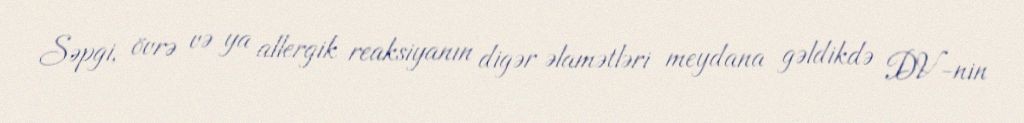
Səpgi, övrə və ya allergik reaksiyanın digər əlamətləri meydana gəldikdə DV-nin